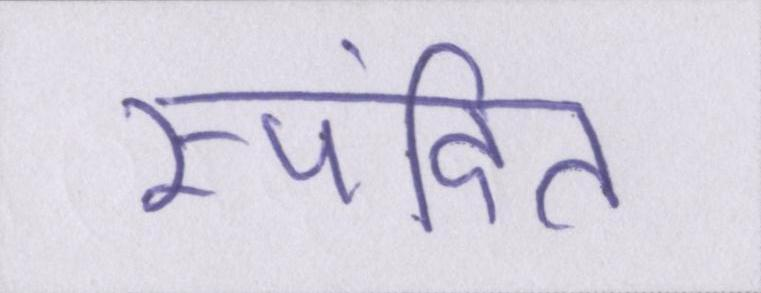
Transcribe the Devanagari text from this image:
स्पंदित